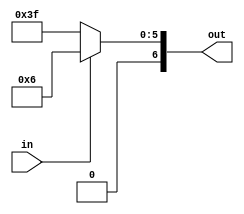
module CircuitB(in,out);
	
	input in;
	output reg [6:0] out;
	always@(*)
	begin
		if(in==1'b1)
		begin out=7'b0000110; end
		else
		begin out=7'b0111111; end
	end

endmodule